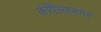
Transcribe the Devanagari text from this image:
कंपिल्लनगर